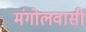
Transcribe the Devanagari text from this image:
मंगोलवासी